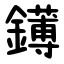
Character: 䥬